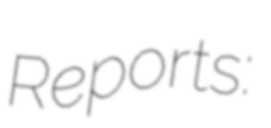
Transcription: Reports: